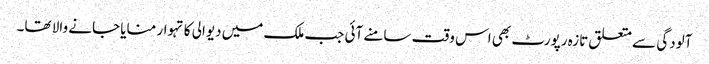
آلودگی سے متعلق تازہ رپورٹ بھی اس وقت سامنے آئی جب ملک میں دیوالی کا تہوار منایا جانے والا تھا۔